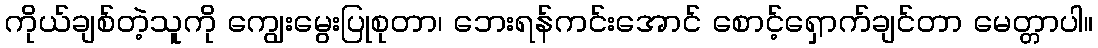
ကိုယ်ချစ်တဲ့သူကို ကျွေးမွေးပြုစုတာ၊ ဘေးရန်ကင်းအောင် စောင့်ရှောက်ချင်တာ မေတ္တာပါ။